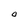
Character: O